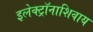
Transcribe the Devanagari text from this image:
इलेक्ट्रॉनाशिवाय